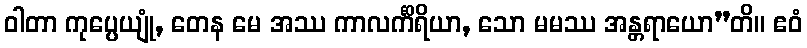
ဝါတာ ကုပ္ပေယျုံ, တေန မေ အဿ ကာလင်္ကိရိယာ, သော မမဿ အန္တရာယော”တိ။ ဧဝံ